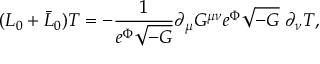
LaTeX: ( L _ { 0 } + \bar { L } _ { 0 } ) T = - \frac { 1 } { e ^ { \Phi } \sqrt { - G } } \partial _ { \mu } G ^ { \mu \nu } e ^ { \Phi } \sqrt { - G } \; \partial _ { \nu } T ,